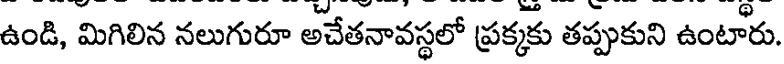
ఉండి, మిగిలిన నలుగురూ అచేతనావస్థలో ప్రక్కకు తప్పుకుని ఉంటారు.